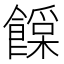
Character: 𩞛